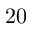
2 0